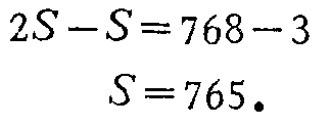
\[

\begin{align*}

2S - S&=768 - 3\\

S&=765.

\end{align*}

\]